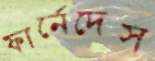
ফার্নেদেস